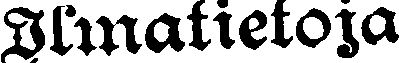
Ilmatietoja